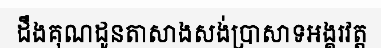
ដឹងគុណដូនតាសាងសង់ប្រាសាទអង្គរវត្ត